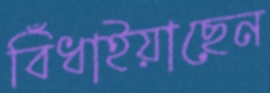
বিঁধাইয়াছেন